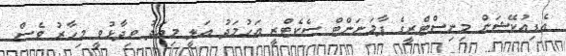
އެޑިއުކޭޝަން މިނިސްޓްރީގެ ޕާމަނަންޓް ސެކެޓްރީ އަހުމަދު އަލީ މިއަދު ވިދާޅުވީ މިހާރު ވެސް